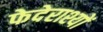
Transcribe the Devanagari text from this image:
फेदेराश्यों